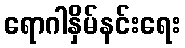
ရောဂါနှိမ်နင်းရေး